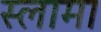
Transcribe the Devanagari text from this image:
स्लामा